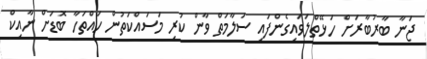
ޖަނާ ބާރުބާރަށް ހަޅޭތްލަވައިގެންފައި ސަލާމަތް ވާން ކުރި މަސައްކަތުން ހައްތަހާ ބޮޑަށް ނާއިކް